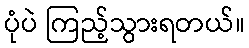
ပုံပဲ ကြည့်သွားရတယ်။